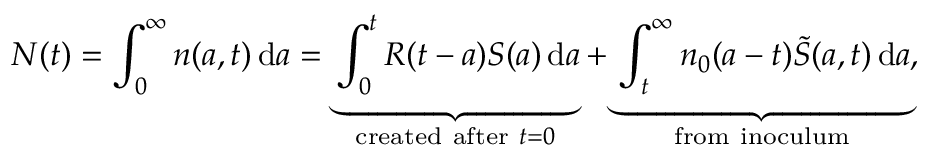
N ( t ) = \int _ { 0 } ^ { \infty } { n ( a , t ) \, \mathrm { d } a = \underbrace { \int _ { 0 } ^ { t } { R ( t - a ) S ( a ) \, \mathrm { d } a } } _ { \mathrm { c r e a t e d ~ a f t e r ~ } t = 0 } + \underbrace { \int _ { t } ^ { \infty } { { { n } _ { 0 } } ( a - t ) \tilde { S } ( { a , t } ) \, \mathrm { d } a } } _ { \mathrm { f r o m ~ i n o c u l u m } } } ,